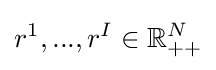
r^{1},...,r^{I}\in \mathbb {R} _{++}^{N}